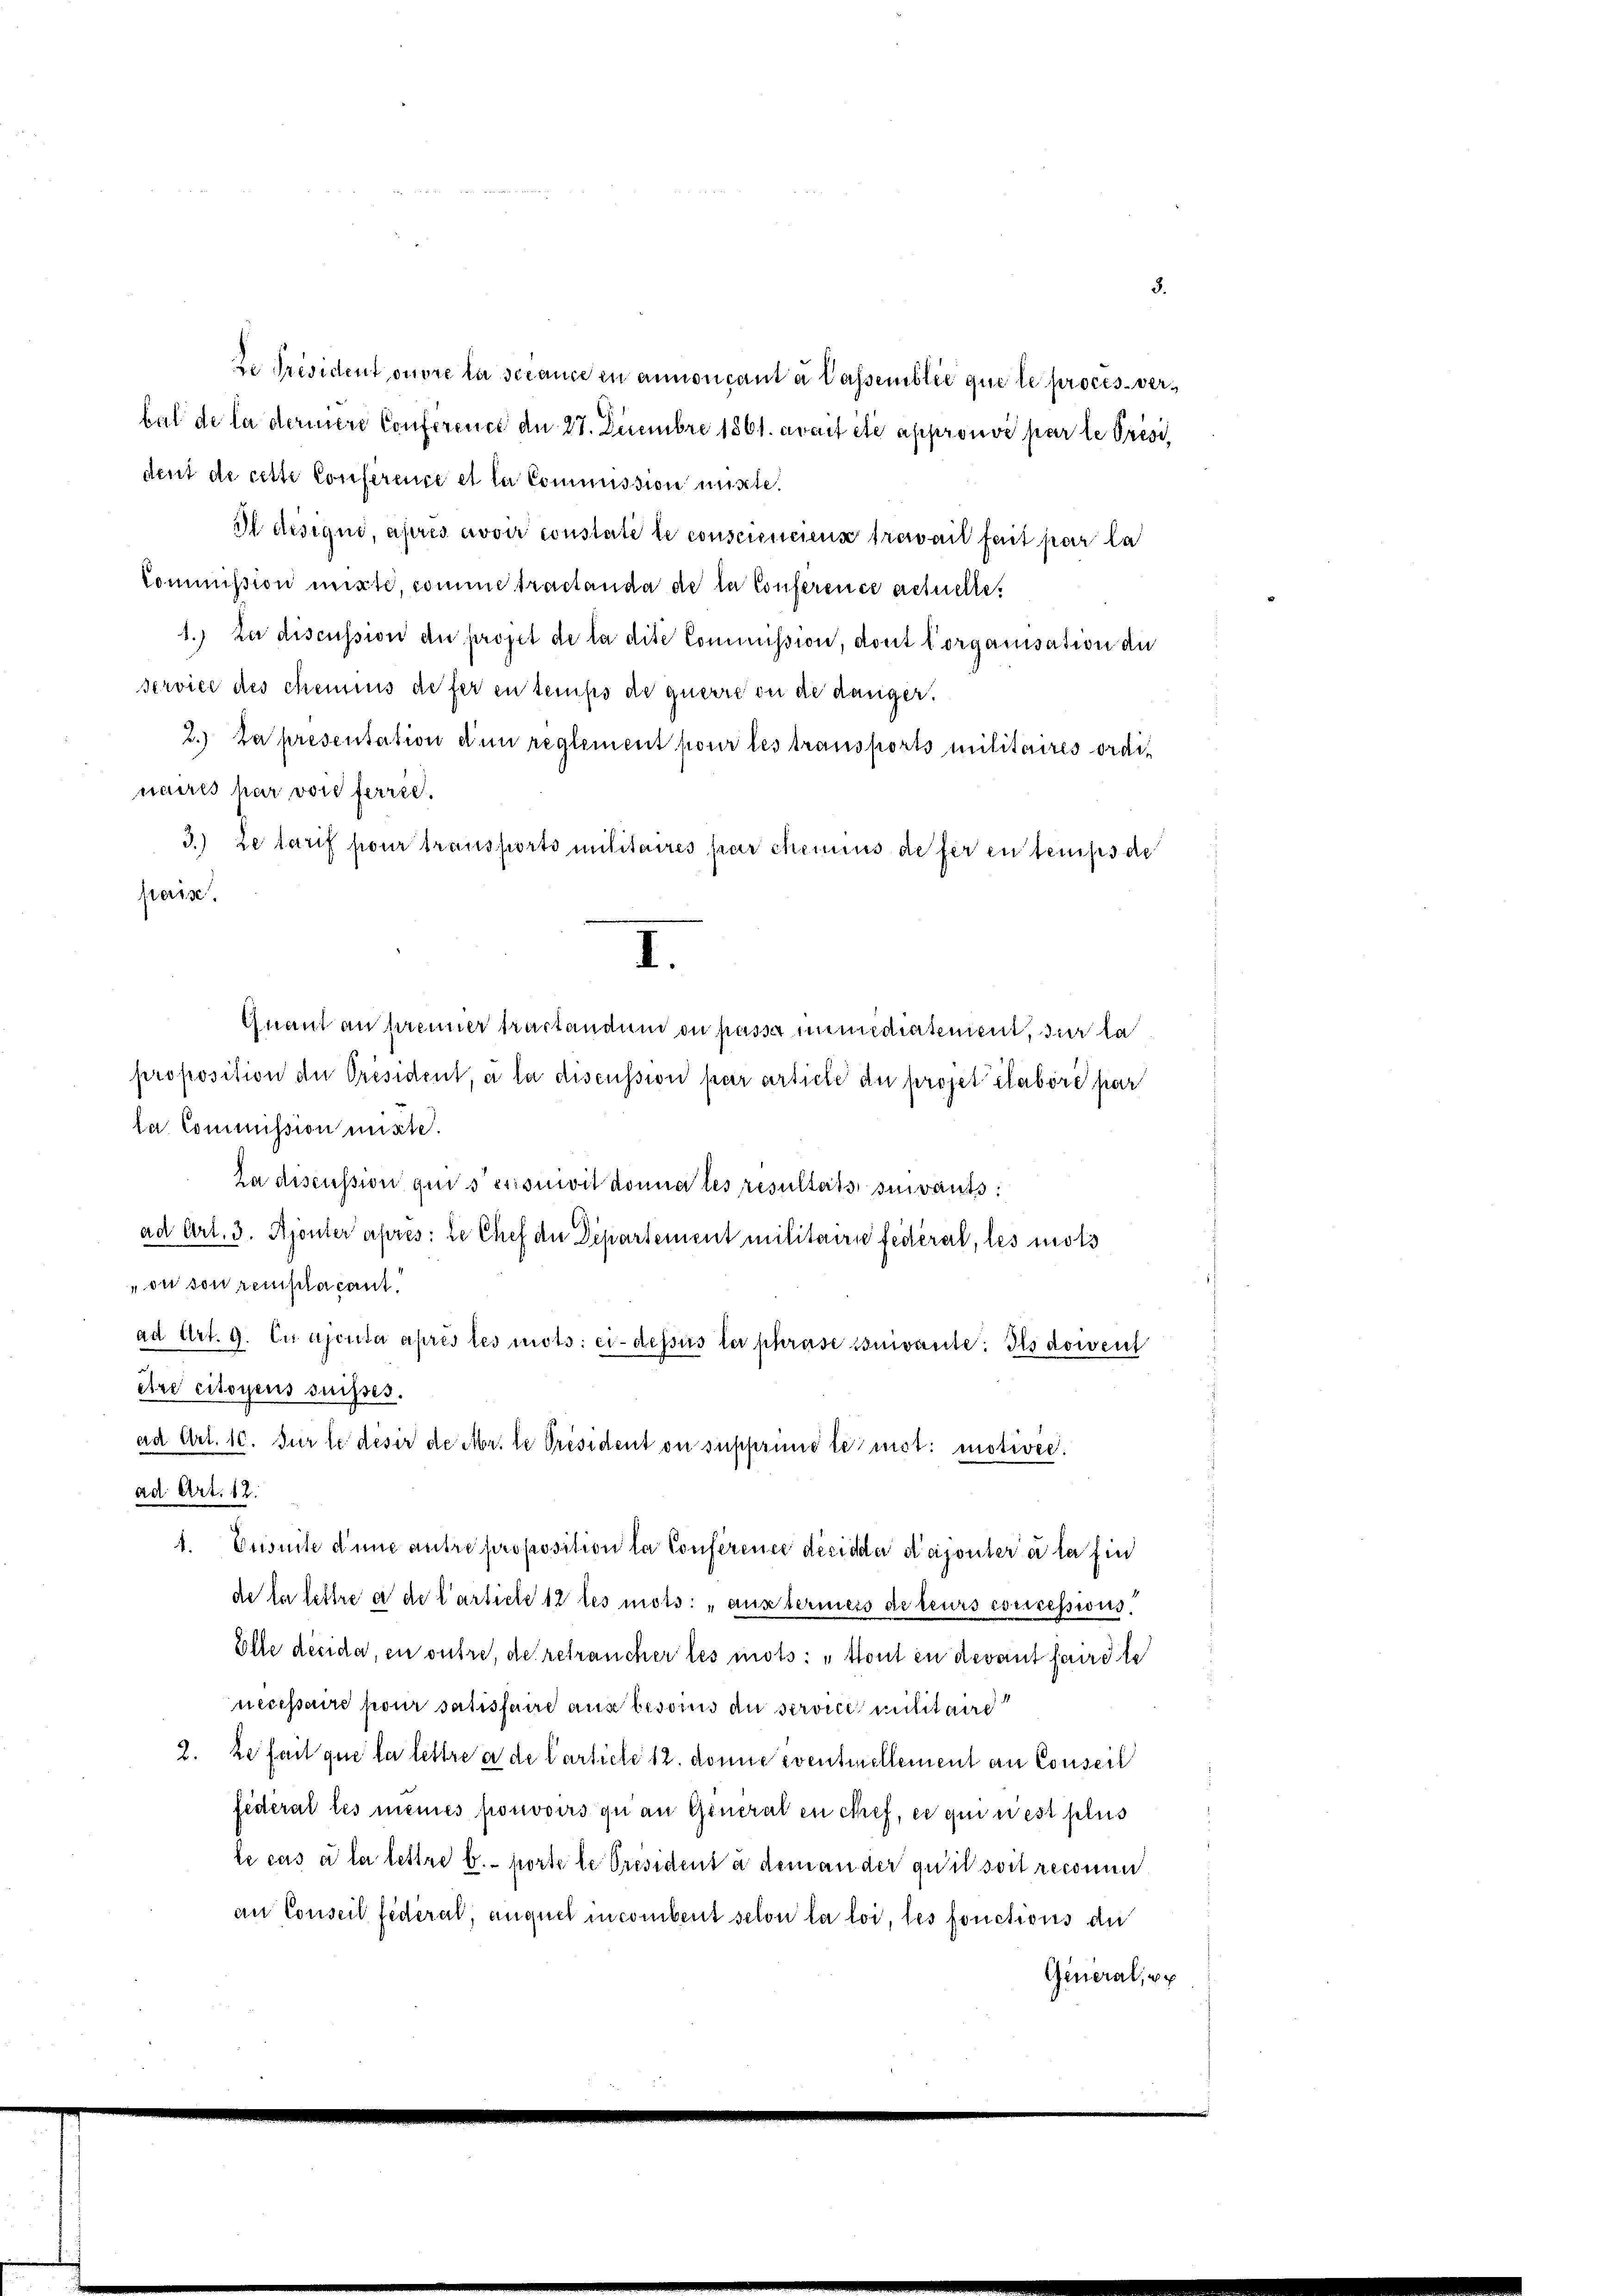
ze Président ouvre la serance en annoncant à lassemblic que le procès-verbal de la deriere Conference an 27. Decembre 1861. avait été approuve par le Président de cette Conference et la Commission mitte.
I desique, après avoir constate le conscienciens treweil fait par la
Commission mitte, comme tractanda de la Conference actuelle.
1.) Zu discussion du projet de la dite Commission, dont lorganisation de
service des chemius defer en temps de querre ou de danger.
2.) Da presentation den reglement pour les transports militaires ordinaires par von ferric
3.) Le tarif pour transports militaires par chemius de fer en temps de
fierisc
I.
Quant an prenner tractandum in passt mimediaterient, der la
proposition der Président, à la discussion par article du projet élabori par
la. Commission mitte.
Za discussion quisesionivit donnates resultats suivants:
ad Art. 3. Ajonter apres: le Chef der Departement militaire fédéral, les mots
on son remplacant
ad Art. 9. Ce ajcuta après les mots: ci-dessus der phrase suivante. Ils doweit
être citoyens suisses.
aa Art. 10. Fur le desir de Mr. le Président ou supprimo termot: motive.
ad. Art. 12.
1. Eusuite d’une antre proposition la Conference décidder Kajouter à la fin
de le lettre a de l’article 12 les mots: „aus termeis de leurs exercessions.
Elle decida, en outre, de retraucher les mots: „Sont in devant faire te
necessaire pour satisfaire aus besond an service militaire
2. Le fait que la lettre a de Carticle 12. donne eventuellement an Conseil
federat les meines pouvoirs zu an General en chef, er qui est plus
le cas à la lettre b. porte le Président à dem an der qui soit reconun
an Conseil fédéral, auquet incombent selon la loi, les fonctions de
General, we

3.